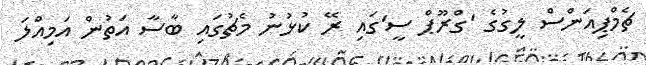
ޗެމްޕިއަންސް ލީގުގެ 'ގްރޫޕް ސީ'ގައި ރޭ ކުޅުނު މެޗުގައި ބާސާ އަތުން އަމިއްލަ